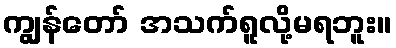
ကျွန်တော် အသက်ရူလို့မရဘူး။